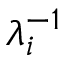
\lambda _ { i } ^ { - 1 }